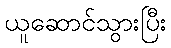
ယူဆောင်သွားပြီး